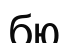
бю